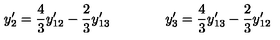
y _ { 2 } ^ { \prime } = { \frac { 4 } { 3 } } y _ { 1 2 } ^ { \prime } - { \frac { 2 } { 3 } } y _ { 1 3 } ^ { \prime } \qquad \qquad y _ { 3 } ^ { \prime } = { \frac { 4 } { 3 } } y _ { 1 3 } ^ { \prime } - { \frac { 2 } { 3 } } y _ { 1 2 } ^ { \prime }